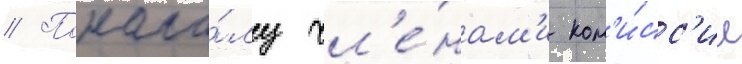
// Понача́лу чл'е́нам'и ком'и́сс'ии